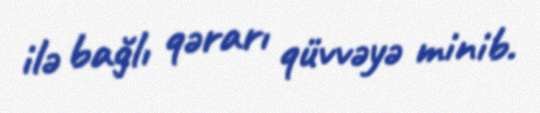
ilə bağlı qərarı qüvvəyə minib.